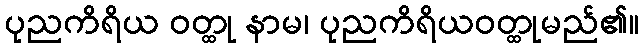
ပုညကိရိယ ဝတ္ထု နာမ၊ ပုညကိရိယဝတ္ထုမည်၏။